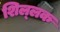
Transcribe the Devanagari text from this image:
शिल्‍लक